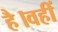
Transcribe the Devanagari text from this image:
है।वहीं